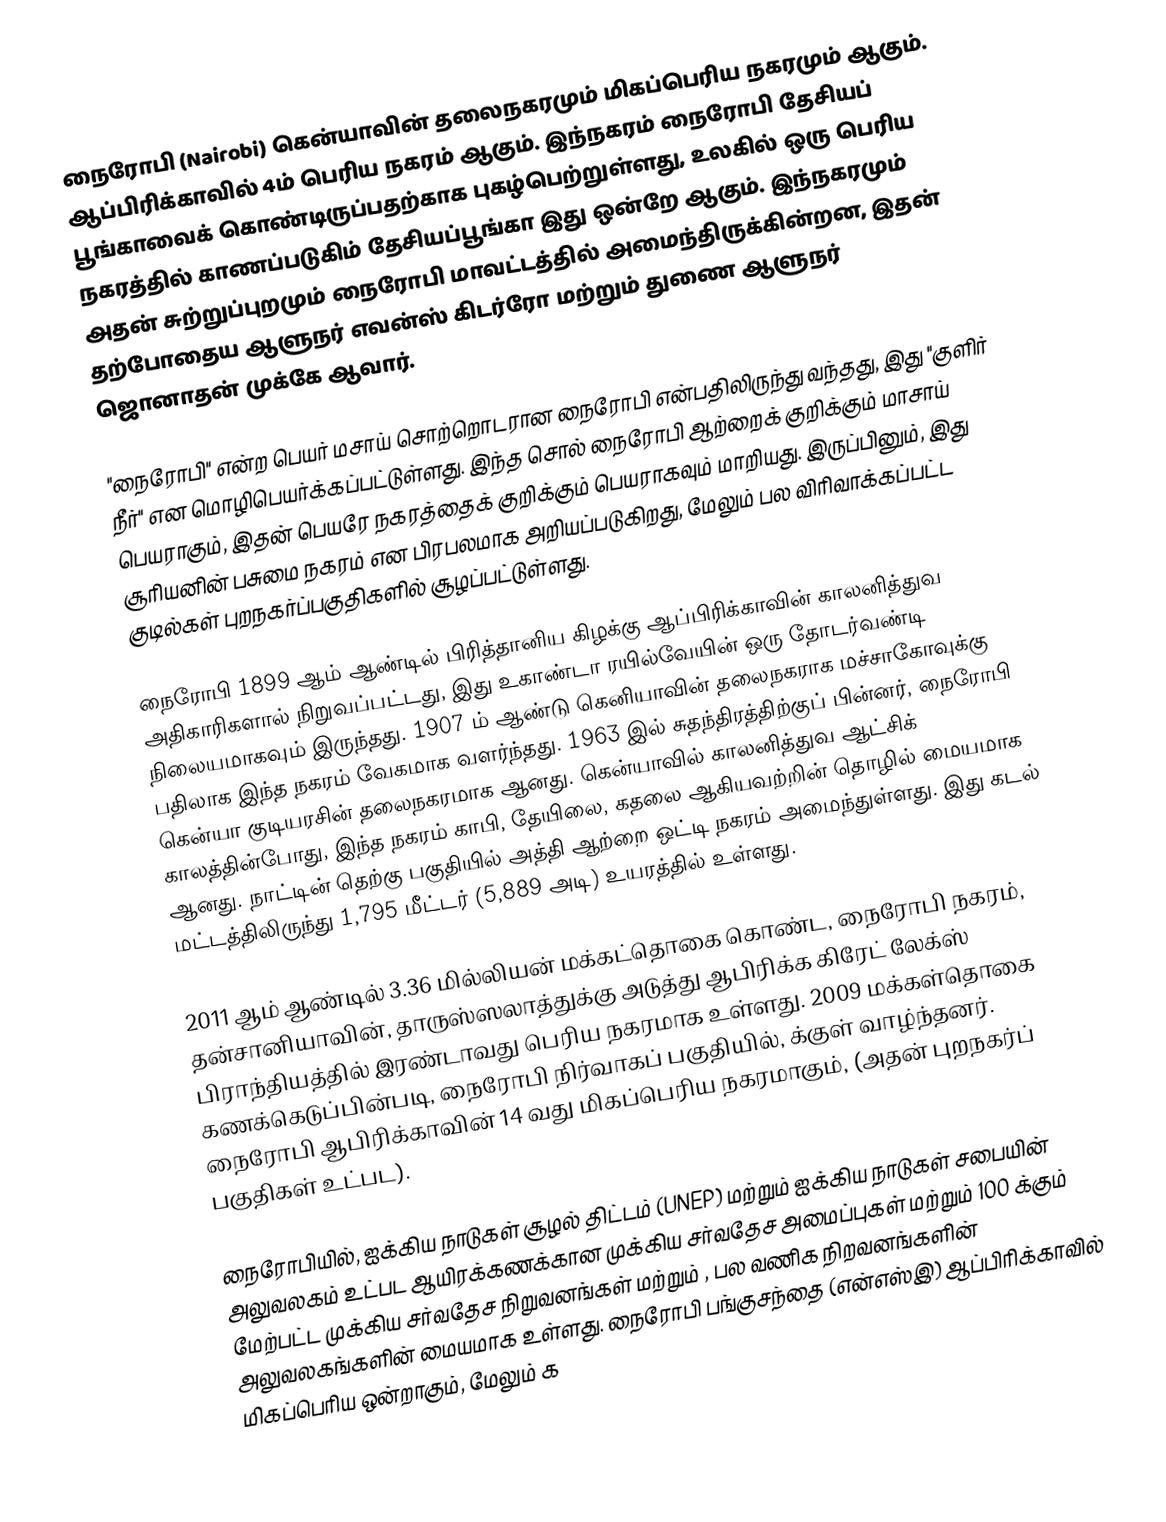
நைரோபி (Nairobi) கென்யாவின் தலைநகரமும் மிகப்பெரிய நகரமும் ஆகும். ஆப்பிரிக்காவில் 4ம் பெரிய நகரம் ஆகும்.  இந்நகரம் நைரோபி தேசியப் பூங்காவைக் கொண்டிருப்பதற்காக புகழ்பெற்றுள்ளது,  உலகில் ஒரு பெரிய நகரத்தில் காணப்படுகிம் தேசியப்பூங்கா இது ஒன்றே ஆகும். இந்நகரமும் அதன் சுற்றுப்புறமும் நைரோபி மாவட்டத்தில் அமைந்திருக்கின்றன, இதன் தற்போதைய ஆளுநர் எவன்ஸ் கிடர்ரோ மற்றும் துணை ஆளுநர் ஜொனாதன் முக்கே ஆவார்.

"நைரோபி" என்ற பெயர் மசாய் சொற்றொடரான நைரோபி என்பதிலிருந்து வந்தது, இது "குளிர் நீர்" என மொழிபெயர்க்கப்பட்டுள்ளது.  இந்த சொல் நைரோபி ஆற்றைக் குறிக்கும் மாசாய் பெயராகும், இதன் பெயரே நகரத்தைக் குறிக்கும் பெயராகவும் மாறியது. இருப்பினும், இது சூரியனின் பசுமை நகரம் என பிரபலமாக அறியப்படுகிறது, மேலும் பல விரிவாக்கப்பட்ட குடில்கள் புறநகர்ப்பகுதிகளில் சூழப்பட்டுள்ளது.

நைரோபி 1899 ஆம் ஆண்டில் பிரித்தானிய கிழக்கு ஆப்பிரிக்காவின் காலனித்துவ அதிகாரிகளால் நிறுவப்பட்டது, இது உகாண்டா ரயில்வேயின் ஒரு தோடர்வண்டி நிலையமாகவும் இருந்தது. 1907 ம் ஆண்டு கெனியாவின் தலைநகராக மச்சாகோவுக்கு பதிலாக இந்த நகரம் வேகமாக வளர்ந்தது. 1963 இல் சுதந்திரத்திற்குப் பின்னர், நைரோபி கென்யா குடியரசின் தலைநகரமாக ஆனது. கென்யாவில் காலனித்துவ ஆட்சிக் காலத்தின்போது, இந்த நகரம் காபி, தேயிலை, கதலை ஆகியவற்றின் தொழில் மையமாக ஆனது.   நாட்டின் தெற்கு பகுதியில் அத்தி ஆற்றை ஒட்டி நகரம் அமைந்துள்ளது. இது   கடல் மட்டத்திலிருந்து 1,795 மீட்டர் (5,889 அடி) உயரத்தில் உள்ளது.

2011 ஆம் ஆண்டில் 3.36 மில்லியன் மக்கட்தொகை கொண்ட, நைரோபி நகரம், தன்சானியாவின், தாருஸ்ஸலாத்துக்கு அடுத்து ஆபிரிக்க கிரேட் லேக்ஸ் பிராந்தியத்தில் இரண்டாவது பெரிய நகரமாக உள்ளது.   2009 மக்கள்தொகை கணக்கெடுப்பின்படி, நைரோபி நிர்வாகப் பகுதியில்,  க்குள் வாழ்ந்தனர்.   நைரோபி ஆபிரிக்காவின் 14 வது மிகப்பெரிய நகரமாகும், (அதன் புறநகர்ப் பகுதிகள் உட்பட).

நைரோபியில், ஐக்கிய நாடுகள் சூழல் திட்டம் (UNEP) மற்றும் ஐக்கிய நாடுகள் சபையின் அலுவலகம் உட்பட ஆயிரக்கணக்கான முக்கிய சர்வதேச அமைப்புகள் மற்றும் 100 க்கும் மேற்பட்ட முக்கிய சர்வதேச நிறுவனங்கள் மற்றும் , பல வணிக நிறவனங்களின் அலுவலகங்களின் மையமாக உள்ளது. நைரோபி பங்குசந்தை (என்எஸ்இ) ஆப்பிரிக்காவில் மிகப்பெரிய ஒன்றாகும், மேலும் க